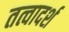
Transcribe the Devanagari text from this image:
तत्वादर्श